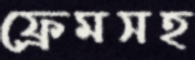
ফ্রেমসহ